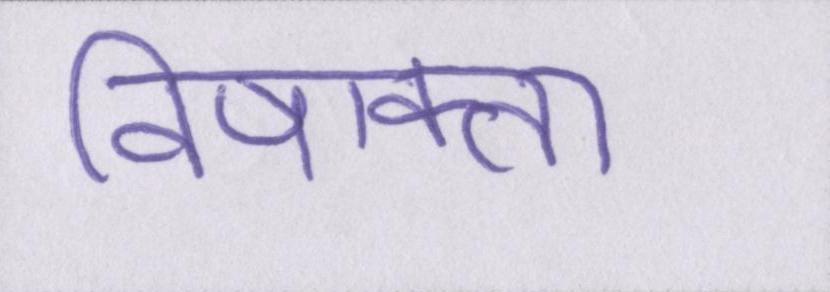
विषाक्त